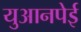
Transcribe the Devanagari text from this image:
युआनपेई